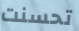
تحسنت